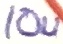
Text: 10u